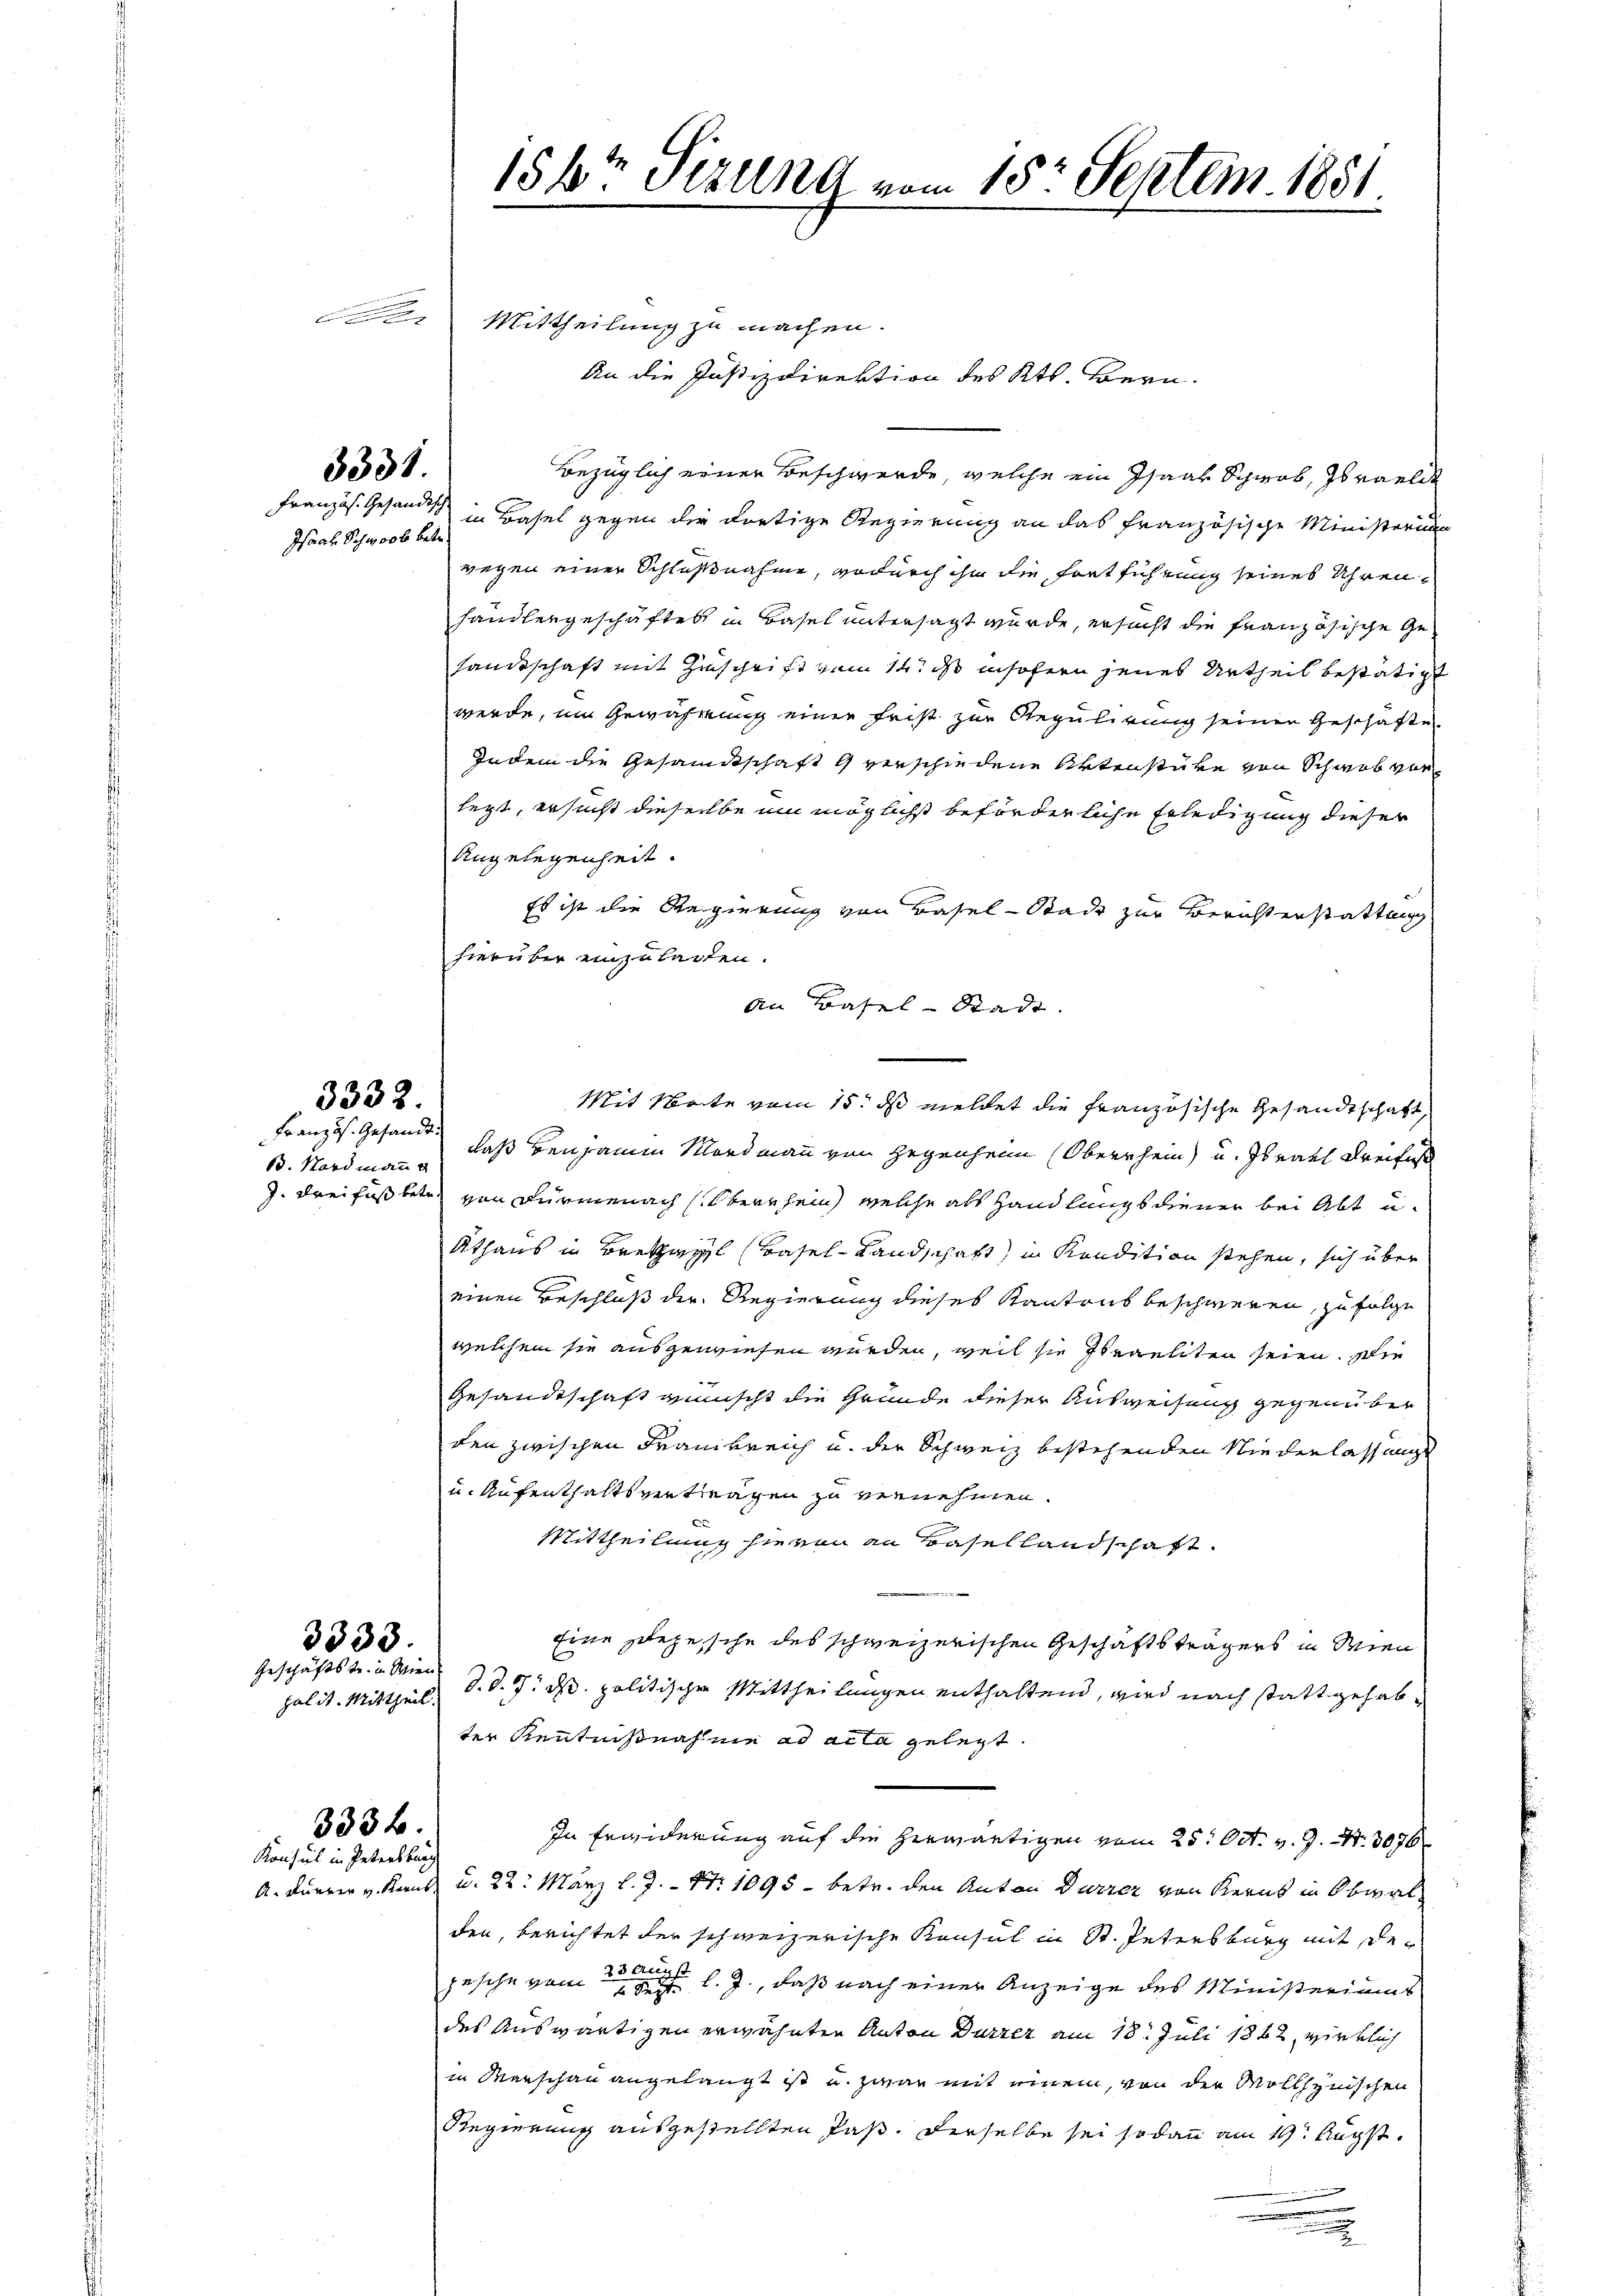
3331.

Isaal Schwort betr.

Französ. Gesandt:
B. Hard mann

3332.

3333.
Geschäftstr. in Wien

palit. Mittheil.

3336.
Konsul in Petersburg

Mittheilung zu machen.
An die Justizdirektion des Kts. Bern.
Bezüglich einer Beschwerde, welche ein Isaak Schwab, Israelit
Französ. Gesandtsch in Basel gegen der dortige Regierung an das französische Ministerium
wegen einer Schlußnahme, wodurch ihn die Fortführung seines Uhren
handlergeschäftet in Basel untersagt wurde, ersucht die französische Gesandtschaft mit Zuschrift vom 14. ds insofern jenes Urtheil bestätigt
werde, im Gewährung einer Frist zur Regulirung seinen Geschäfte
Indem die Gesandtschaft 9 verschiedene Aktenstüke von Schwab vorlegt, ersucht dieselbe um möglichst beförderliche Erledigung dieser
Angelegenheit.
Es ist die Regierung von Basel-Stadt zur Berichterstattung
hierüber einzuladen.
An Basel-Stadt.
Mit Note vom 15. ds meldet die französische Gesandtschaft,
daß beisammen Mordmann von Gegenheim (Oberrhein) u. Israth Dreifes
J. dreifüssbetr. von Fürmenach Oberechen welche als Hand langs diener bei Abt u.
Athaus in Bretzwyl (Basel-Landschaft, in Kondition stehen, sich über
einen Beschluß der Regierung dieses Kantons beschweren, zu folge
welchem sie ausgewiesen würden, weil sie Israeliten seien. Die
Gesandtschaft wünscht die Gründe dieser Ausweisung gegenüber
den zwischen Frankreich u. der Schweiz bestehenden Nieverlassungs¬
u. Aufenthaltsvertragen zu vernehmen.
Mittheilung hievon an Basellandschaft.
Eine Depesche des schweizerischen Geschäftsträgers in Wien
d. d. 7. ds. politischen Mittheilungen enthaltend, wird nach stattgehabter Kenntnißnahme ad acta gelegt.
In Erwiderung auf die herwärtigen vom 25. Oct. v. J. Nr. 3076
A. Dürrer v. Kennt u. 22. März l. J. - Nr. 1095 - betr. den Anton Dürrer von Kerns in Obwalden, berichtet der schweizerische Konsul in St. Petersburg mit der
gesehe von 2 l. J., daß nach einer Anzeige des Ministeriums
des Auswärtigen erwähnten Anton Dürzer am 18. Juli 1862, wirklich
in Menschau angelangt ist u. zwar mit einem, von der Wollhynischen
Regierung ausgestellten Paß. Derselbe sei sodann am 19. Augst¬
.

156r Sitzung vom 15t Septem. 1881.